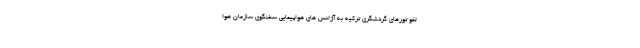
لغو تورهای گردشگری ترکیه به آژانس های هواپیمایی سخنگوی سازمان هوا